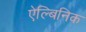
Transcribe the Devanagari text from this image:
ऐल्बिनिक